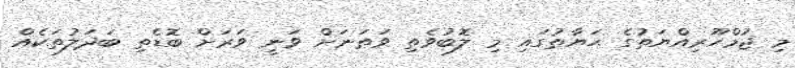
މި ޖުމްހޫރިއްޔަތުގެ ޙަޔާތުގައި މި ލޮބުވެތި ވަޠަނަށް ވަނީ ވަރަށް ބޮޑެތި ބަދަލުތަކެއް